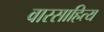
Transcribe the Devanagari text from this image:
वारसाहित्य